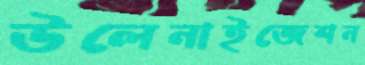
উলেনাইজেশন